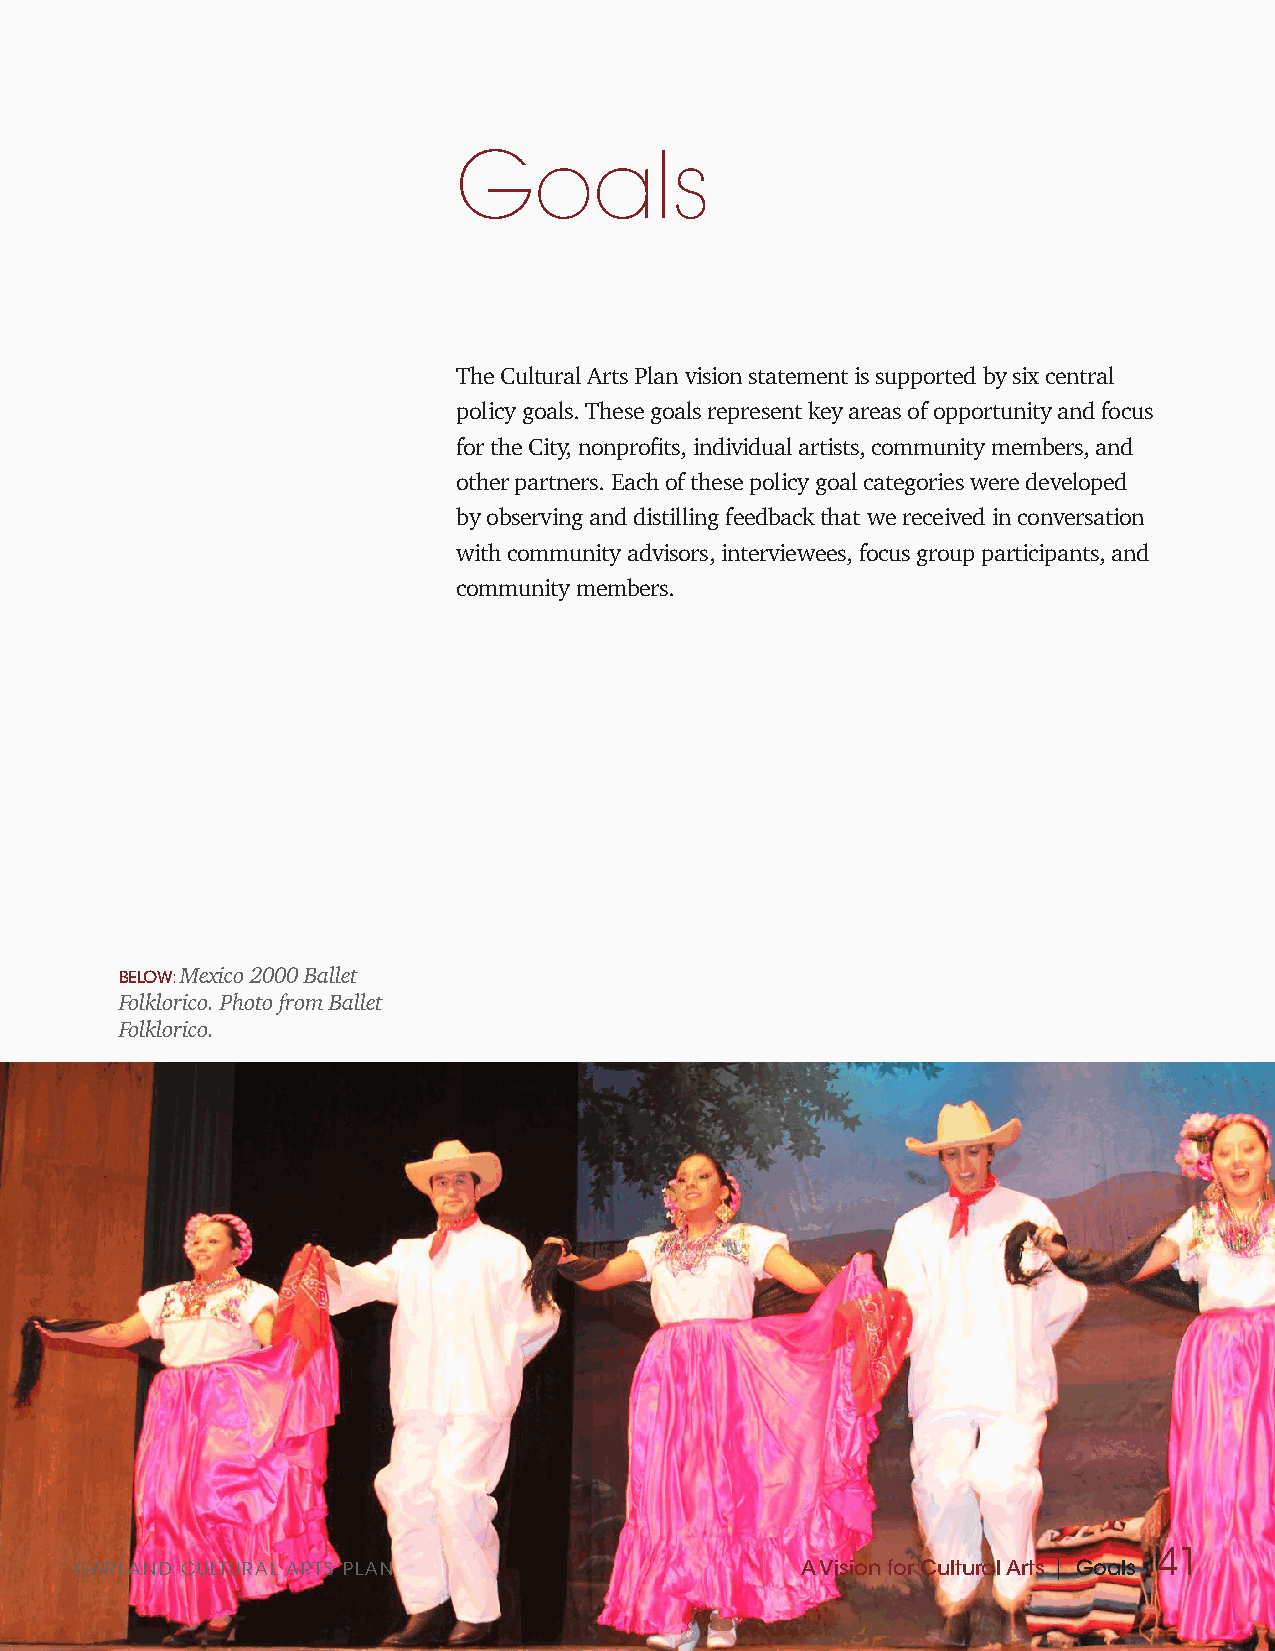
Goals
 The Cultural Arts Plan vision statement is supported by six central
 policy goals. These goals represent key areas of opportunity and focus
 for the City, nonprofits, individual artists, community members, and
 other partners. Each of these policy goal categories were developed
 by observing and distilling feedback that we received in conversation
 with community advisors, interviewees, focus group participants, and
 community members.
 BELOW: Mexico 2000 Ballet
 Folklorico. Photo from Ballet
 Folklorico.
 41
 GARLAND CULTURAL ARTS PLAN                      A Vision for Cultural Arts | Goals